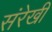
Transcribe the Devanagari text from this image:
संरेखी